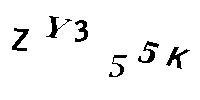
ZY355K